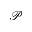
\mathcal P